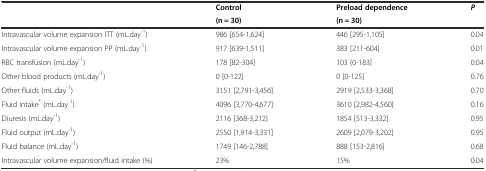
| <ROWSPAN=2>  | Control | Preload dependence | <ROWSPAN=2> P |
 | (n = 30) | (n = 30) |
 | --- | --- | --- | --- |
 | Intravascular volume expansion ITT (mL.day-1) | 986 [654-1,624] | 446 [295-1,105] | 0.04 |
 | Intravascular volume expansion PP (mL.day-1) | 917 [639-1,511] | 383 [211-604] | 0.01 |
 | RBC transfusion (mL.day-1) | 178 [82-304] | 103 (0-183] | 0.04 |
 | Other blood products (mL.day-1) | 0 [0-122] | 0 [0-125] | 0.76 |
 | Other fluids (mL.day-1) | 3151 [2,791-3,456] | 2919 [2,533-3,368] | 0.70 |
 | Fluid intake* (mL.day-1) | 4096 [3,770-4,677] | 3610 [2,982-4,560] | 0.16 |
 | Diuresis (mL.day-1) | 2116 [368-3,212] | 1854 [513-3,332] | 0.95 |
 | Fluid output (mL.day-1) | 2550 [1,914-3,331] | 2609 [2,079-3,202] | 0.95 |
 | Fluid balance (mL.day-1) | 1749 [146-2,788] | 888 [153-2,816] | 0.68 |
 | Intravascular volume expansion/fluid intake (%) | 23% | 15% | 0.04 |